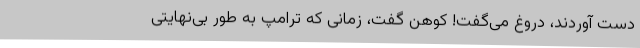
دست آوردند، دروغ می‌گفت! کوهن گفت، زمانی که ترامپ به طور بی‌نهایتی